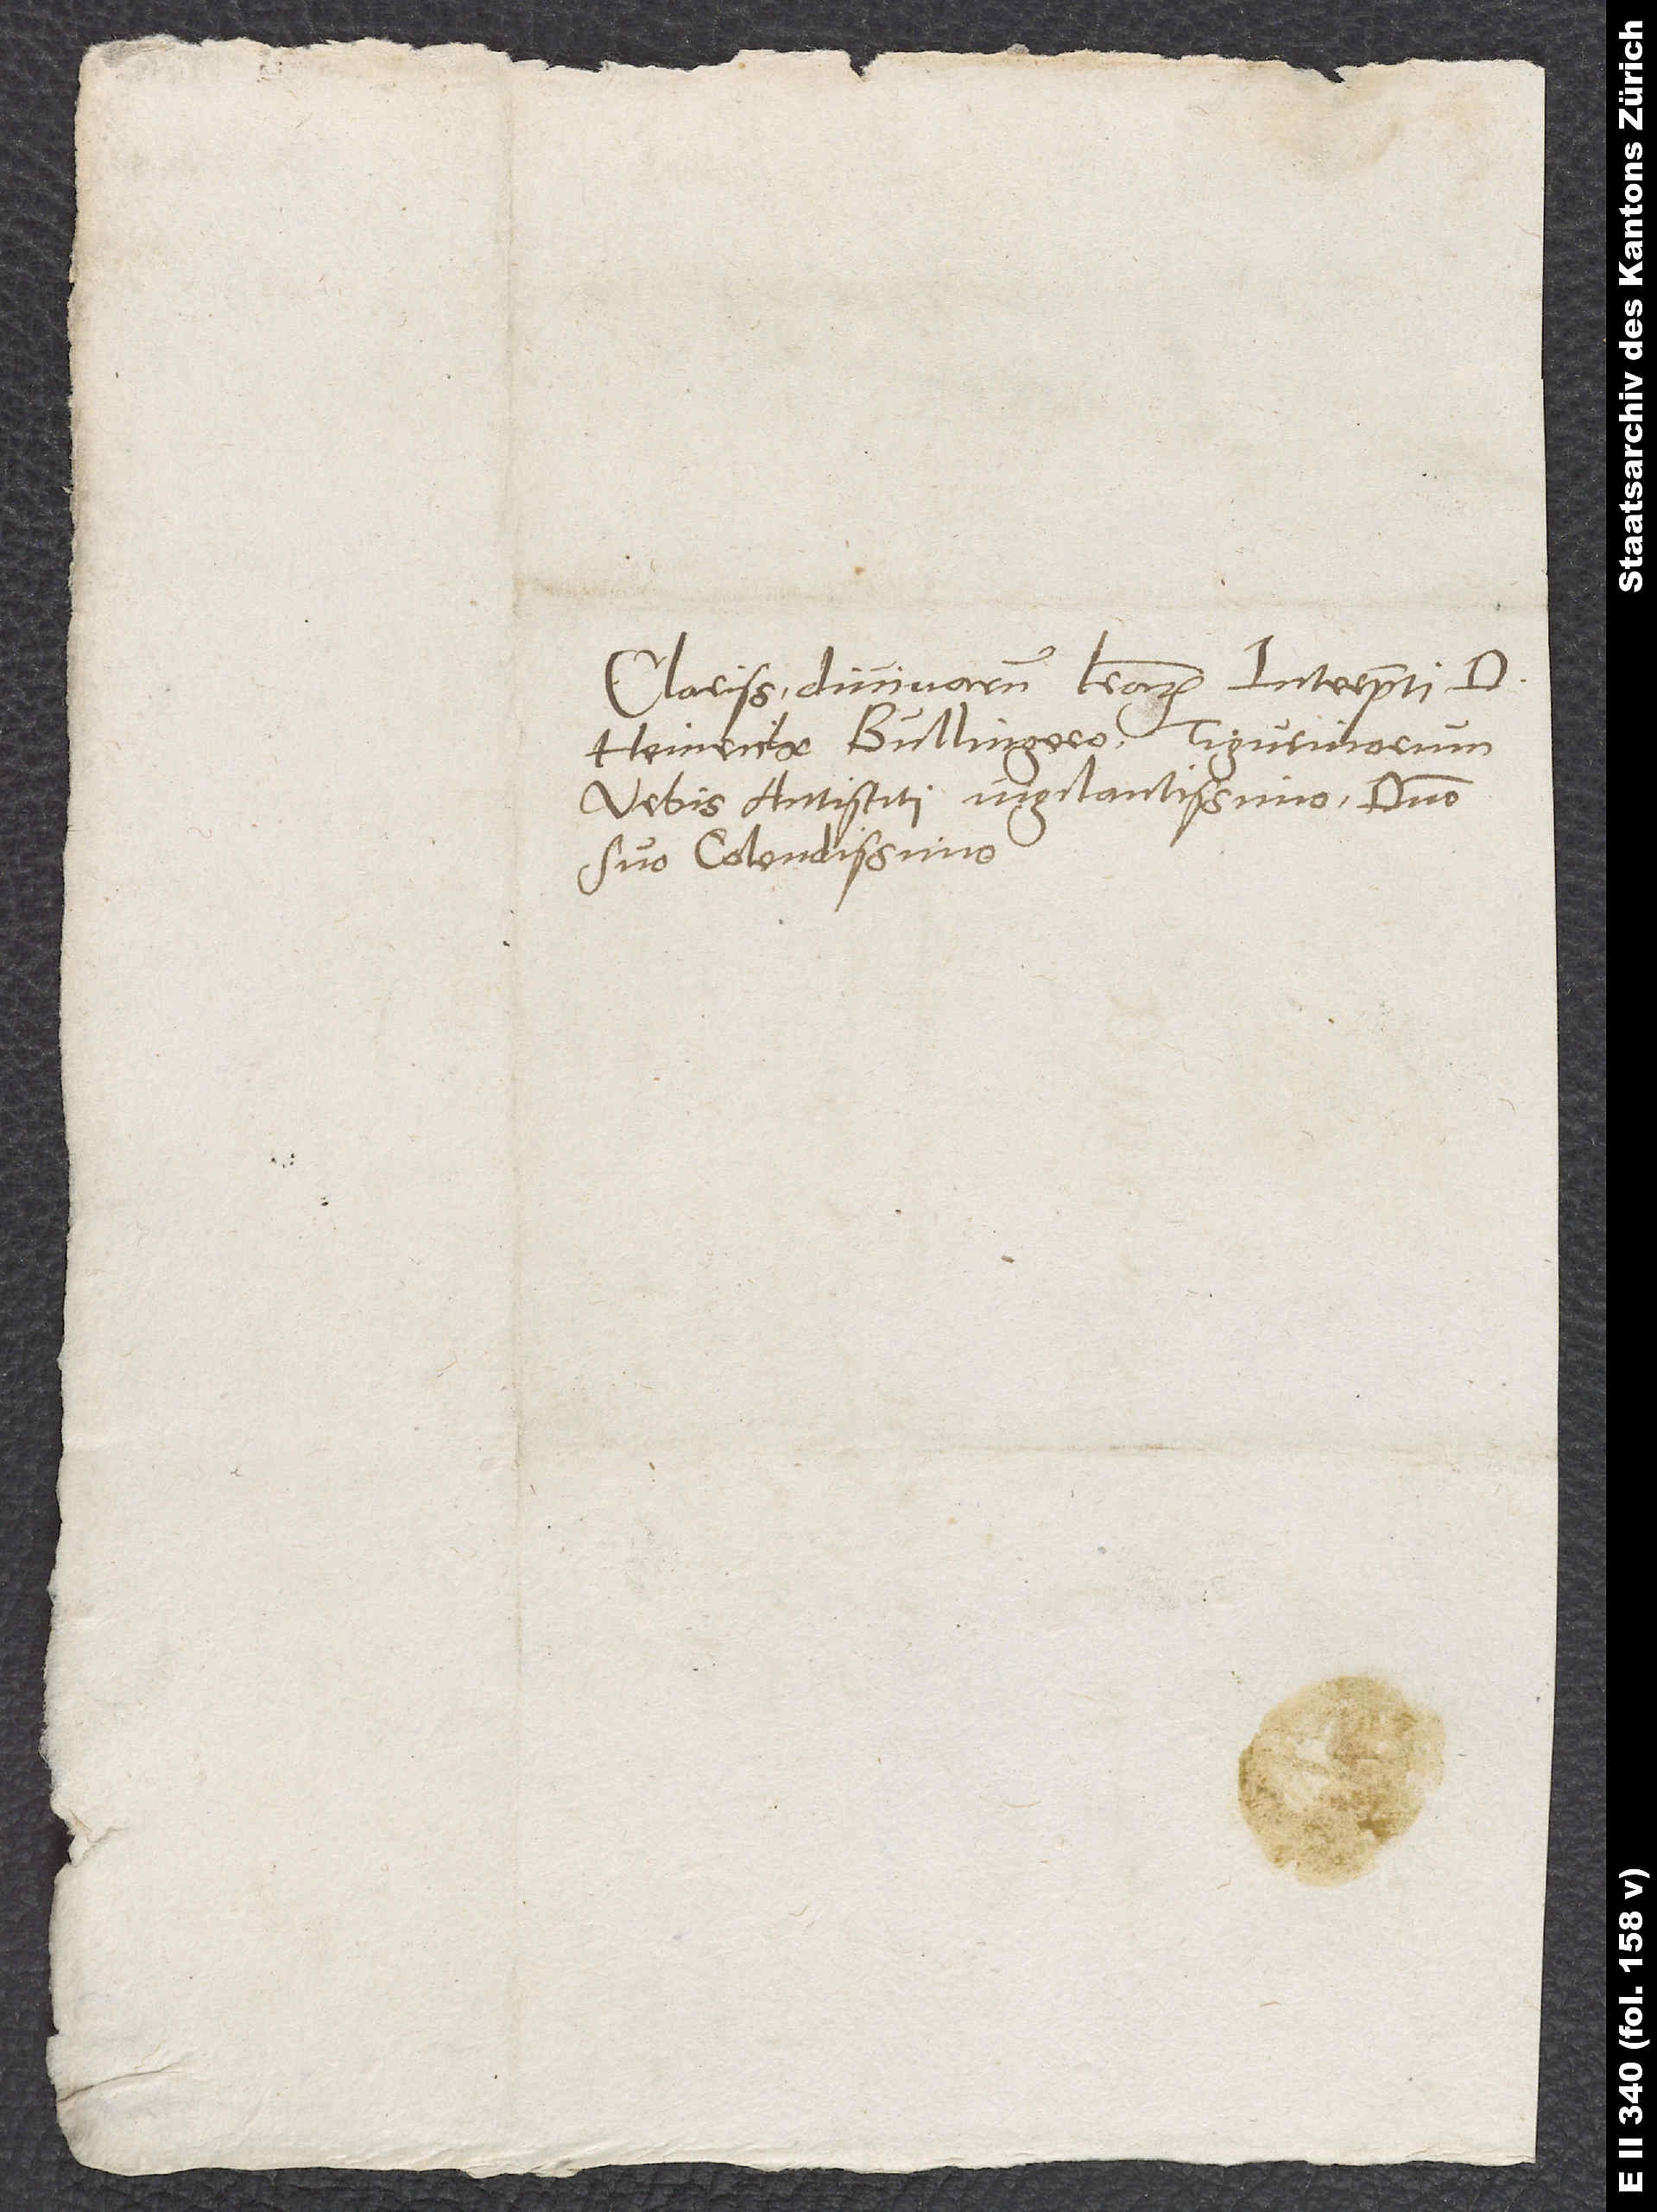
Clarissimo divinarum literarum interpreti, d.
Heinricho Bullingero, Tigurinorum
urbis antistiti vigilantissimo, domino
suo colendissimo.